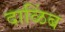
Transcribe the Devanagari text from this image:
दाळिंब